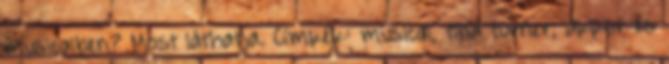
musicalben? Most láthatja. Címkék: musical, tina turner, akkor és